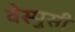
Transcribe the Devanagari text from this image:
वेस्पुसी